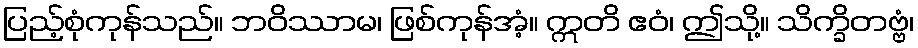
ပြည့်စုံကုန်သည်။ ဘဝိဿာမ၊ ဖြစ်ကုန်အံ့။ ဣတိ ဧဝံ၊ ဤသို့။ သိက္ခိတဗ္ဗံ၊